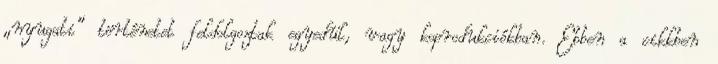
„nyugati” történetet feldolgoztak egyedül, vagy koprodukciókban. Ebben a cikkben